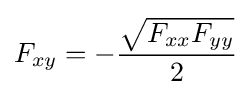
{\begin{aligned}F_{xy}=-{\frac {\sqrt {F_{xx}F_{yy}}}{2}}\end{aligned}}